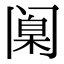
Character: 𫔶